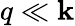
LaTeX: q\ll\mathbf{k}